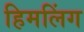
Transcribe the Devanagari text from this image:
हिमलिंग